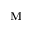
\mathbf { M }